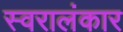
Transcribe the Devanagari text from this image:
स्वरालंकार